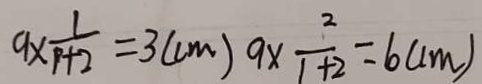
9 \times \frac { 1 } { p + 2 } = 3 ( c m ) 9 \times \frac { 2 } { 1 + 2 } = 6 ( c m )